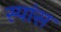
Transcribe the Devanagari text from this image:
स्पांस